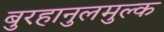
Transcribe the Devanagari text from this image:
बुरहानुलमुल्क